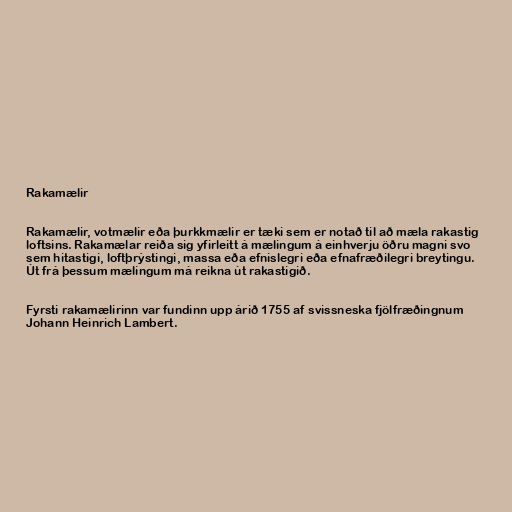
Rakamælir

Rakamælir, votmælir eða þurkkmælir er tæki sem er notað til að mæla rakastig
loftsins. Rakamælar reiða sig yfirleitt á mælingum á einhverju öðru magni svo
sem hitastigi, loftþrýstingi, massa eða efnislegri eða efnafræðilegri breytingu.
Út frá þessum mælingum má reikna út rakastigið.

Fyrsti rakamælirinn var fundinn upp árið 1755 af svissneska fjölfræðingnum
Johann Heinrich Lambert.